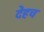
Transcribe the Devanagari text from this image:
देहच